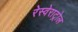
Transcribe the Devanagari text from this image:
रेस्वेराट्रोल